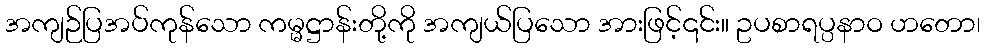
အကျဉ်ပြအပ်ကုန်သော ကမ္မဋ္ဌာန်းတို့ကို အကျယ်ပြသော အားဖြင့်၎င်း။ ဥပစာရပ္ပနာဝ ဟတော၊